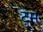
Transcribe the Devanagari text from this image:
टुम